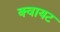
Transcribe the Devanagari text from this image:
क्वायट